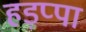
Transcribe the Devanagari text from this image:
हड़प्‍पा